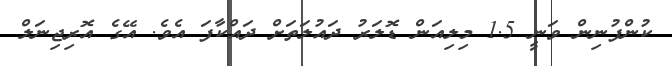
ކުންފުނިން ވަނީ 1.5 މިލިއަން ޑޮލަރު ދައުލަތަށް ދައްކާފަ އެވެ. އޭގެ އޮރިޖިނަލް